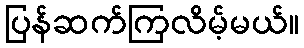
ပြန်ဆက်ကြလိမ့်မယ်။